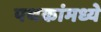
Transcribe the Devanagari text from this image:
पथकांमध्ये